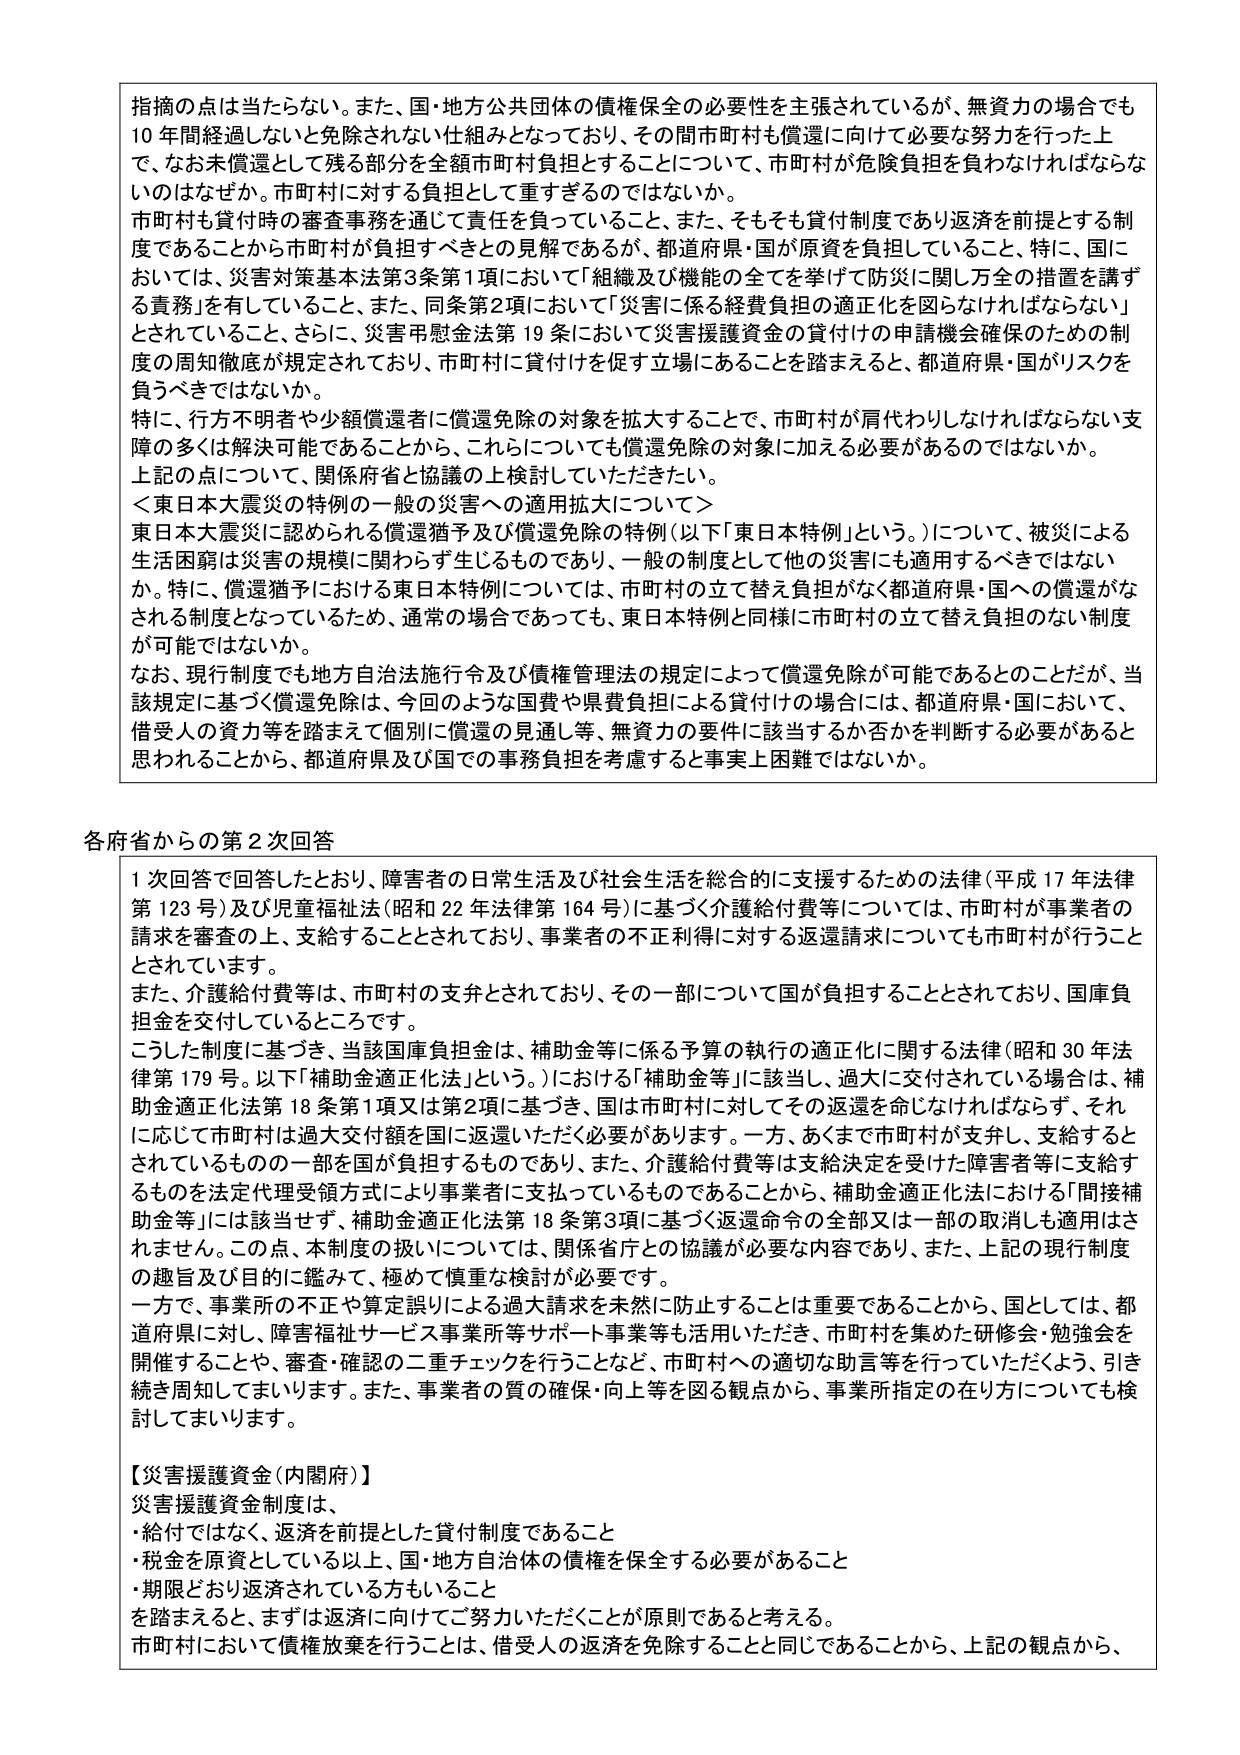
指摘の点は当たらない。また、国・地方公共団体の債権保全の必要性を主張されているが、無資力の場合でも10年間経過しないと免除されない仕組みとなっており、その間市町村も償還に向けて必要な努力を行った上で、なお未償還として残る部分を全額市町村負担とすることについて、市町村が危険負担を負わなければならないのはなぜか。市町村に対する負担として重すぎるのでないか。

市町村も貸付時の審査事務を通じて責任を負っていること、また、そもそも貸付制度であり返済を前提とする制度であることがから市町村が負担すべきとの見解であるが、都道府県・国が原資を負担していること、特に、国においては、災害対策基本法第3条第1項において「組織及び機能の全てを挙げて防災に関し万全の措置を講ずる責務」を有していること、また、同条第2項において「災害に係る経費負担の適正化を図らなければならない」とされていること、さらに、災害弔慰金法第19条において災害援護資金の貸付けの申請機会確保のための制度の周知徹底が規定されており、市町村に貸付けを促す立場にあることを踏まえると、都道府県・国がリスクを負うべきではないか。

特に、行方不明者や少額償還者に償還免除の対象を拡大することで、市町村が肩代わりしなければならない支障の多くの解決可能であることから、これらについても償還免除の対象に加える必要があるのではないか。上記の点について、関係府省と協議の上検討していただきたい。

＜東日本大震災の特例の一般の災害への適用拡大について＞

東日本大震災に認められる償還猶予及び償還免除の特例（以下「東日本特例」という。）について、被災による生活困窮は災害の規模に関わらず生じるものであり、一般の制度として他の災害にも適用するべきではないか。特に、償還猶予における東日本特例については、市町村の立て替え負担がなく都道府県・国への償還がなされる制度となっているため、通常の場合であっても、東日本特例と同様に市町村の立て替え負担のない制度が可能ではないか。

なお、現行制度でも地方自治法施行令及び債権管理法の規定によって償還免除が可能であるとのことだが、当該規定に基づく償還免除は、今回のような国費や県費負担による貸付けの場合に、都道府県・国において、借受人の資力等を踏まえて個別に償還の見通し等、無資力の要件に該当するか否かを判断する必要があると思われることから、都道府県及び国での事務負担を考慮すると事実上困難ではないか。

各府省からの第2次回答

1回回答で回答したとおり、障害者の日常生活及び社会生活を総合的に支援するための法律（平成17年法律第123号）及び児童福祉法（昭和22年法律第164号）に基づく介護給付費等については、市町村が事業者の請求を審査の上、支給することとされており、事業者の不正利得に対する返還請求についても市町村が行うこととされています。

また、介護給付費等は、市町村の支弁とされており、その一部について国が負担することとされており、国庫負担金を交付しているところです。

こうした制度に基づき、当該国庫負担金は、補助金等に係る予算の執行の適正化に関する法律（昭和30年法律第179号。以下「補助金適正化法」という。）における「補助金等」に該当し、過大に交付されている場合は、補助金適正化法第18条第1項又は第2項に基づき、国は市町村に対してその返還を命じなければならず、それに応じて市町村は過大交付額を国に返還いただく必要があります。一方、あくまで市町村が支弁し、支給するとされているものの一部を国が負担するものであり、また、介護給付費等は支給決定を受けた障害者等に支給するものを法定代理受領方式により事業者に支払っているものであることから、補助金適正化法における「間接補助金等」には該当せず、補助金適正化法第18条第3項に基づく返還命令の全部又は一部の取消しも適用はされません。この点、本制度の扱いについては、関係省庁との協議が必要な内容であり、また、上記の現行制度の趣旨及び目的に鑑みて、極めて慎重な検討が必要です。

一方で、事業所の不正や算定誤りによる過大請求を未然に防止することは重要であることから、国としては、都道府県に対し、障害福祉サービス事業所等サポート事業等も活用いただき、市町村を集めた研修会・勉強会を開催することや、審査・確認の二重チェックを行うことなど、市町村への適切な助言等を行っていただくよう、引き続き周知してまいります。また、事業者の質の確保・向上等を図る観点から、事業所指定の在り方についても検討してまいります。

【災害援護資金（内閣府）】

災害援護資金制度は、
・給付ではなく、返済を前提とした貸付制度であること
・税金を原資としている以上、国・地方自治体の債権を保全する必要があること
・期限どおり返済されている方もいること

を踏まえると、まずは返済に向けてご努力いただくことが原則であると考える。

市町村において債権放棄を行うことは、借受人の返済を免除することと同じであることから、上記の観点から、